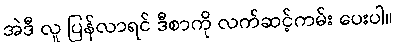
အဲဒီ လူ ပြန်လာရင် ဒီစာကို လက်ဆင့်ကမ်း ပေးပါ။